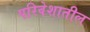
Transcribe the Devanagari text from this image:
परिवेशातील